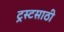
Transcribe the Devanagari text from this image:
ट्रस्टसाठी